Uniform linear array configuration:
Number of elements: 8
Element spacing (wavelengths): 0.5
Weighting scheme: exponential
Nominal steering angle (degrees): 60
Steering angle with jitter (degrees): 61.887
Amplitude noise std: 0.05
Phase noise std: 0.05

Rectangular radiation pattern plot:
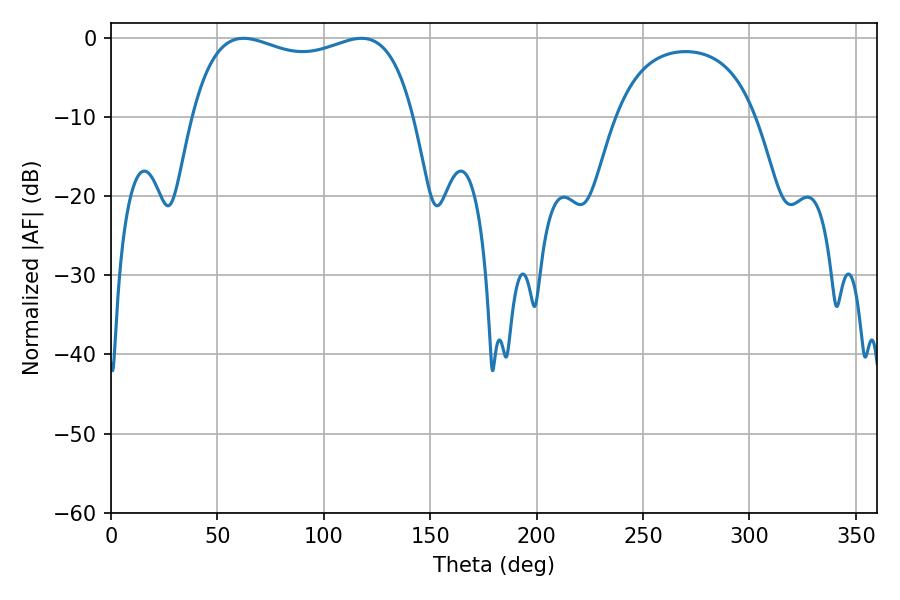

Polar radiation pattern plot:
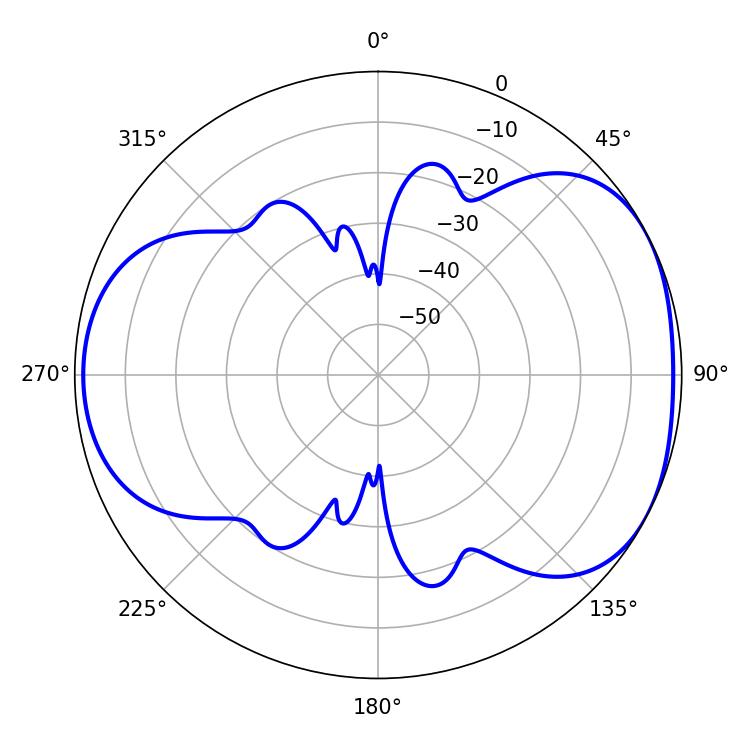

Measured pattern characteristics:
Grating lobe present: FALSE
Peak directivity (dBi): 4.724
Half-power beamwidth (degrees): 85.32
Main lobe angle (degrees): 62.28